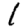
Digit: 1